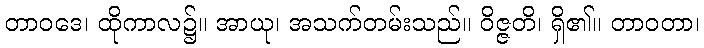
တာဝဒေ၊ ထိုကာလ၌။ အာယု၊ အသက်တမ်းသည်။ ဝိဇ္ဇတိ၊ ရှိ၏။ တာဝတာ၊